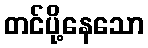
တင်ပို့နေသော